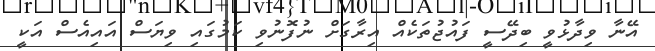
އޭނާ ވިދާޅުވީ ބިދޭސީ ފައުޖުތަކެއް އިރާގަށް ނުފޮނުވި ކަމުގައި ވިޔަސް އައިއެސް އަކީ